Report on the Civil Veterinary Department, Eastern Bengal and Assam - 1907-1911
Year: 1907
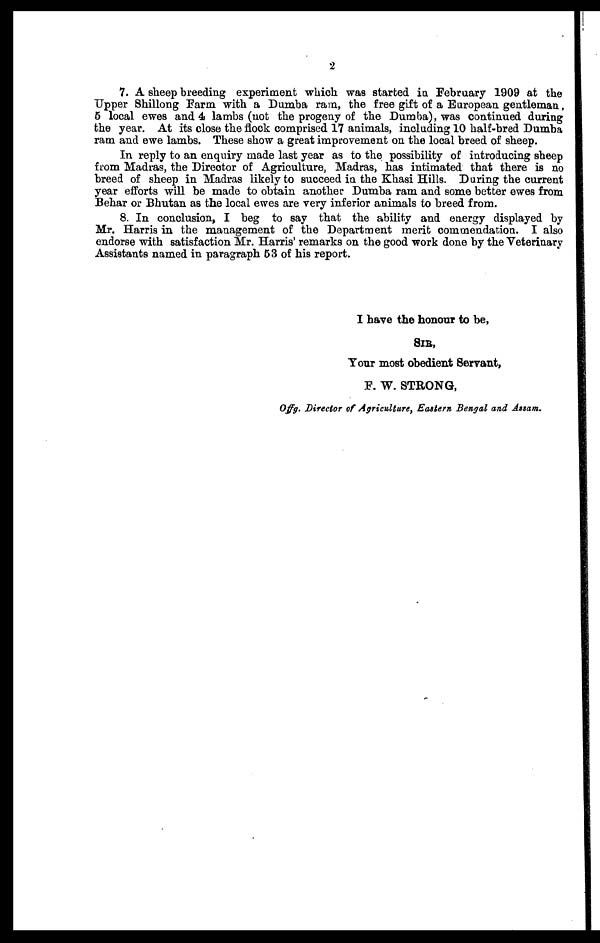
2
7. A sheep breeding experiment which was started in February 1909 at the
Upper Shillong Farm with a Dumba ram, the free gift of a European gentleman,
5 local ewes and 4 lambs (not the progeny of the Dumba), was continued during
the year. At its close the flock comprised 17 animals, including 10 half-bred Dumba
ram and ewe lambs. These show a great improvement on the local breed of sheep.
In reply to an enquiry made last year as to the possibility of introducing sheep
from Madras, the Director of Agriculture, Madras, has intimated that there is no
breed of sheep in Madras likely to succeed in the Khasi Hills. During the current
year efforts will be made to obtain another Dumba ram and some better ewes from
Behar or Bhutan as the local ewes are very inferior animals to breed from.
8. In conclusion, I beg to say that the ability and energy displayed by
Mr. Harris in the management of the Department merit commendation. I also
endorse with satisfaction Mr. Harris' remarks on the good work done by the Veterinary
Assistants named in paragraph 53 of his report.
I have the honour to be,
SIR,
Tour most obedient Servant,
F. W. STRONG,
Offg. Director of Agriculture, Eastern Bengal and Assam.